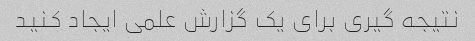
نتیجه گیری برای یک گزارش علمی ایجاد کنید